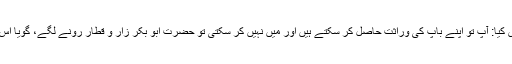
یعقوبی کا بیان ہے کہ جب سیدہ عائشہ نے اعتراض کیا: آپ تو اپنے باپ کی وراثت حاصل کر سکتے ہیں اور میں نہیں کر سکتی تو حضرت ابو بکر زار و قطار رونے لگے، گویا اس اعتراض پر محض ہم دردی ہی کی جا سکتی تھی۔